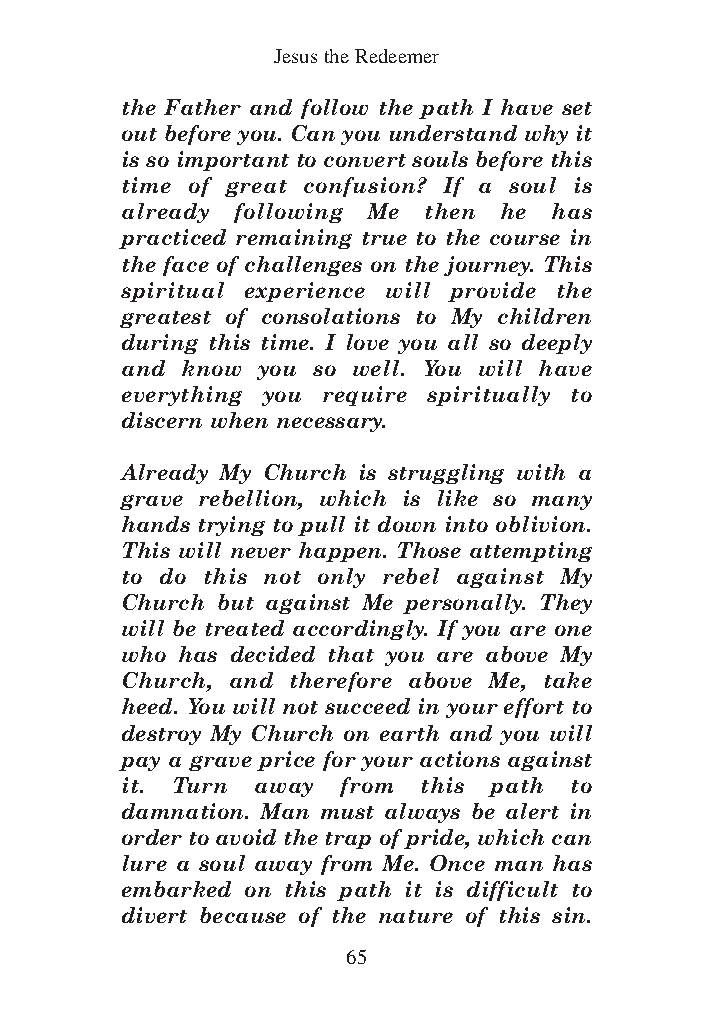
DFOT Vol 5 No App_1 12/3/13 8:54 PM Page 65
 Jesus the Redeemer
 the Father and follow the path I have set
 out before you. Can you understand why it
 is so important to convert souls before this
 time of great confusion? If a soul is
 already following Me then he has
 practiced remaining true to the course in
 the face of challenges on the journey. This
 spiritual experience will provide the
 greatest of consolations to My children
 during this time. I love you all so deeply
 and know you so well. You will have
 everything you require spiritually to
 discern when necessary.
 Already My Church is struggling with a
 grave rebellion, which is like so many
 hands trying to pull it down into oblivion.
 This will never happen. Those attempting
 to do this not only rebel against My
 Church but against Me personally. They
 will be treated accordingly. If you are one
 who has decided that you are above My
 Church, and therefore above Me, take
 heed. You will not succeed in your effort to
 destroy My Church on earth and you will
 pay a grave price for your actions against
 it. Turn away from  this path to
 damnation. Man must always be alert in
 order to avoid the trap of pride, which can
 lure a soul away from Me. Once man has
 embarked on this path it is difficult to
 divert because of the nature of this sin.
 65